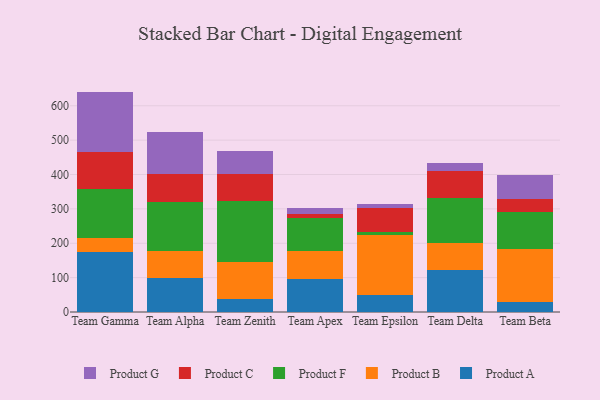
{"axis": {"x": "Team", "y": "Page Views"}, "legend": ["Product A", "Product B", "Product C", "Product F", "Product G"], "data": [{"x": "Team Gamma", "y": 175.8, "type": "Product A"}, {"x": "Team Gamma", "y": 39.0, "type": "Product B"}, {"x": "Team Gamma", "y": 144.4, "type": "Product F"}, {"x": "Team Gamma", "y": 107.0, "type": "Product C"}, {"x": "Team Gamma", "y": 175.0, "type": "Product G"}, {"x": "Team Alpha", "y": 98.3, "type": "Product A"}, {"x": "Team Alpha", "y": 78.0, "type": "Product B"}, {"x": "Team Alpha", "y": 145.0, "type": "Product F"}, {"x": "Team Alpha", "y": 79.8, "type": "Product C"}, {"x": "Team Alpha", "y": 123.3, "type": "Product G"}, {"x": "Team Zenith", "y": 37.9, "type": "Product A"}, {"x": "Team Zenith", "y": 106.2, "type": "Product B"}, {"x": "Team Zenith", "y": 178.1, "type": "Product F"}, {"x": "Team Zenith", "y": 78.7, "type": "Product C"}, {"x": "Team Zenith", "y": 68.3, "type": "Product G"}, {"x": "Team Apex", "y": 94.8, "type": "Product A"}, {"x": "Team Apex", "y": 83.0, "type": "Product B"}, {"x": "Team Apex", "y": 97.1, "type": "Product F"}, {"x": "Team Apex", "y": 11.1, "type": "Product C"}, {"x": "Team Apex", "y": 16.9, "type": "Product G"}, {"x": "Team Epsilon", "y": 49.9, "type": "Product A"}, {"x": "Team Epsilon", "y": 172.9, "type": "Product B"}, {"x": "Team Epsilon", "y": 9.9, "type": "Product F"}, {"x": "Team Epsilon", "y": 71.3, "type": "Product C"}, {"x": "Team Epsilon", "y": 9.2, "type": "Product G"}, {"x": "Team Delta", "y": 122.7, "type": "Product A"}, {"x": "Team Delta", "y": 79.3, "type": "Product B"}, {"x": "Team Delta", "y": 129.5, "type": "Product F"}, {"x": "Team Delta", "y": 78.5, "type": "Product C"}, {"x": "Team Delta", "y": 24.5, "type": "Product G"}, {"x": "Team Beta", "y": 29.0, "type": "Product A"}, {"x": "Team Beta", "y": 153.9, "type": "Product B"}, {"x": "Team Beta", "y": 108.1, "type": "Product F"}, {"x": "Team Beta", "y": 39.0, "type": "Product C"}, {"x": "Team Beta", "y": 69.6, "type": "Product G"}]}